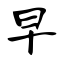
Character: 早